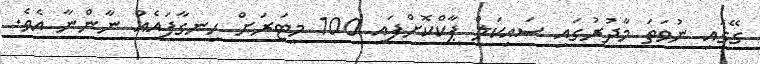
ގޭގައި ނުވަތަ މާދުރުގައި ސައިކަލް ޕާކްކޮށްފައި 100 މީޓަރަށް ހިނގާފައެއް ނާންނާ އެވެ.